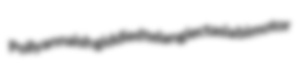
Pollyannaish giddied telangiectasia bimotor